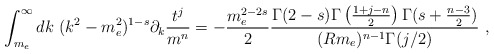
\begin{align*}\int_{m_e}^\infty dk\ (k^2-m_e^2)^{1-s}\partial_k\frac{t^j}{m^n}=-\frac{m_e^{2-2s}}{2}\frac{\Gamma(2-s)\Gamma\left(\frac{1+j-n}{2}\right)\Gamma(s+\frac{n-3}{2})}{(Rm_e)^{n-1}\Gamma(j/2)}\ ,\end{align*}